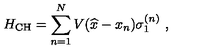
H _ { \mathrm { C H } } = \sum _ { n = 1 } ^ { N } V ( \widehat { x } - x _ { n } ) \sigma _ { 1 } ^ { ( n ) } \ ,